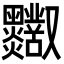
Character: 𪒸